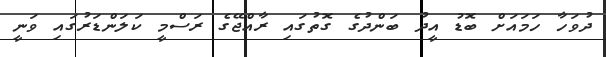
ދުވަހާ ހަމައަށް ބޮޑު އީދު ބަންދުގެ ގޮތުގައި ރާއްޖޭގެ ރަސްމީ ކަލަންޑަރުގައި ވަނީ